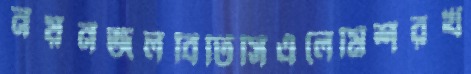
নয়নজলবিটিসিএলেমিশরখ